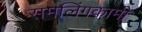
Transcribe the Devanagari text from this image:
समलिंगकामी